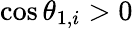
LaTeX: \cos\theta_{1,i}>0